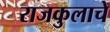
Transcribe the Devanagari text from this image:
राजकुलाचे